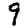
Digit: 9